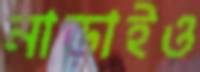
নাড়াইও